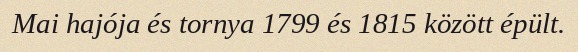
Mai hajója és tornya 1799 és 1815 között épült.